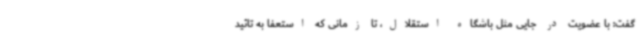
گفت:‌ با عضویت در جایی مثل باشگاه استقلال، تا زمانی که استعفا به تائید